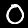
Label: 0